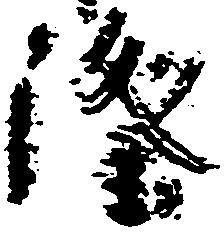
隆